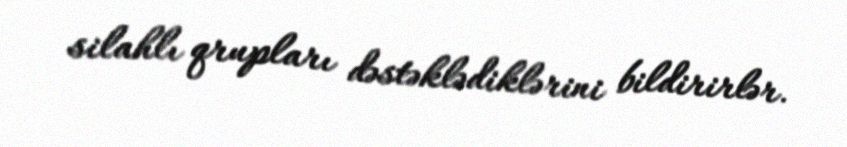
silahlı qrupları dəstəklədiklərini bildirirlər.